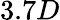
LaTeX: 3.7D